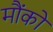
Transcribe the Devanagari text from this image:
मौंको